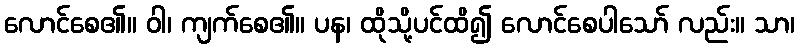
လောင်စေ၏။ ဝါ၊ ကျက်စေ၏။ ပန၊ ထိုသို့ပင်ထိ၍ လောင်စေပါသော် လည်း။ သာ၊